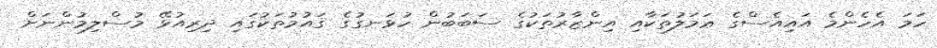
ހަމަ އެހެންމެ އައިއެސްގެ ޢަމަލުތަކާއި އިންޒާރުތަކުގެ ސަބަބުން ހުޅަނގުގެ ޤައުމުތަކުގައި ދިރިއުޅޭ މުސްލިމުންނަށް